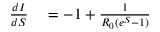
\begin{array} { r l } { \frac { d I } { d S } } & { { } = - 1 + \frac { 1 } { R _ { 0 } ( e ^ { S } - 1 ) } } \end{array}